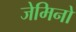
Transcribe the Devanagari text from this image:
जेमिनो